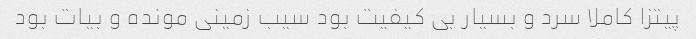
پیتزا کاملا سرد و بسیار بی کیفیت بود سیب زمینی مونده و بیات بود